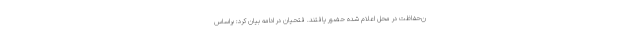
ن‌حفاظت در محل اعلام شده حضور یافتند. فتحیان در ادامه بیان کرد: براساس